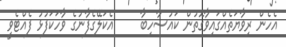
އެހެން ރިވާޔަތެއްގައިވާގޮތުން ކައުސާހިބާ     އެކަލޭގެފާނުގެ ވާހަކަފުޅު ފެއްޓެވީ